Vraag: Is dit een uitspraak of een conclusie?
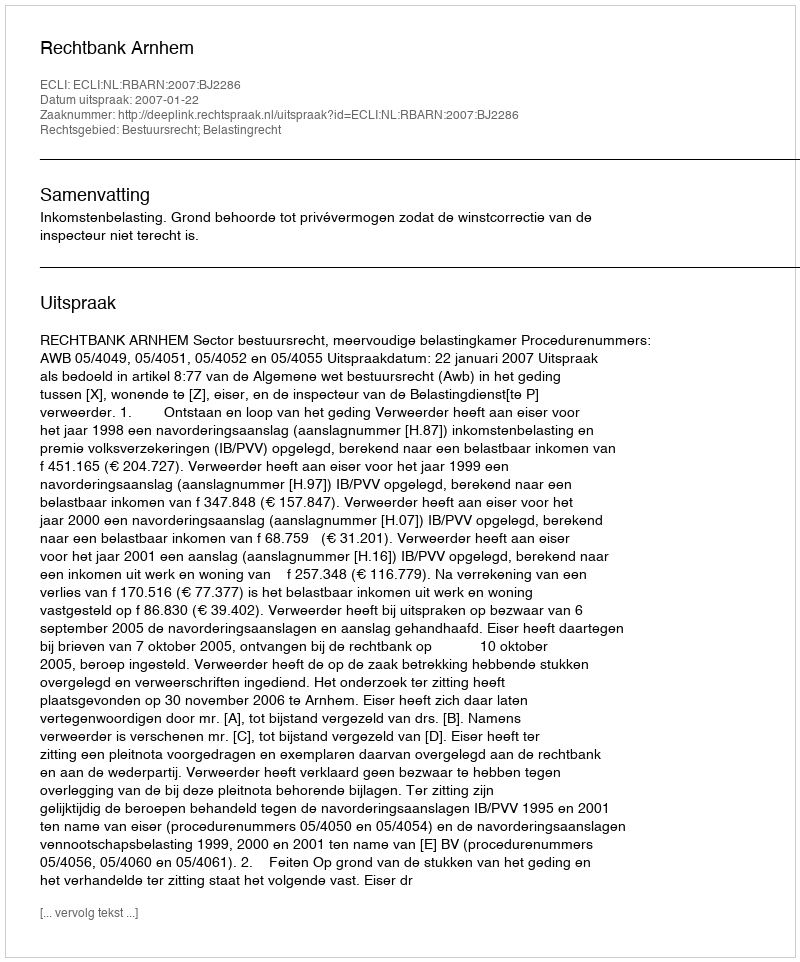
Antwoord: Uitspraak